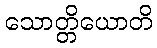
သောတ္တိယောတိ